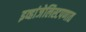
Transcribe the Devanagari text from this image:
इव्हांजेलिस्टपणात